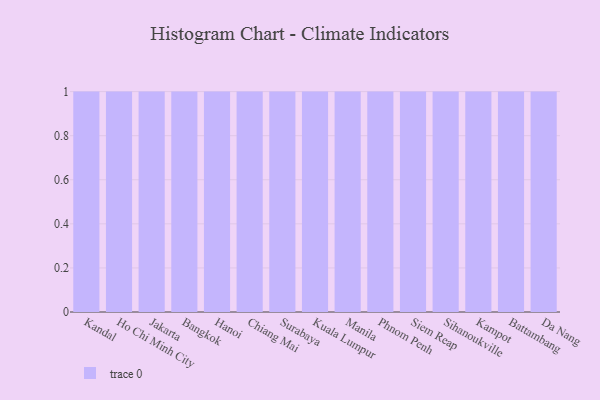
{"axis": {"x": "City", "y": "Inventory Turnover"}, "legend": [""], "data": [{"x": "Kandal", "y": 81, "type": ""}, {"x": "Ho Chi Minh City", "y": 47, "type": ""}, {"x": "Jakarta", "y": 2, "type": ""}, {"x": "Bangkok", "y": 98, "type": ""}, {"x": "Hanoi", "y": 92, "type": ""}, {"x": "Chiang Mai", "y": 24, "type": ""}, {"x": "Surabaya", "y": 88, "type": ""}, {"x": "Kuala Lumpur", "y": 38, "type": ""}, {"x": "Manila", "y": 11, "type": ""}, {"x": "Phnom Penh", "y": 47, "type": ""}, {"x": "Siem Reap", "y": 78, "type": ""}, {"x": "Sihanoukville", "y": 79, "type": ""}, {"x": "Kampot", "y": 35, "type": ""}, {"x": "Battambang", "y": 53, "type": ""}, {"x": "Da Nang", "y": 73, "type": ""}]}